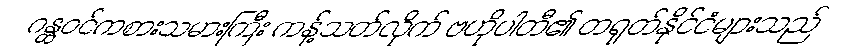
ဂန္ထဝင်ကစားသမားကြီး ကန့်သတ်လိုက် ဗဟိုပါတီ၏ တရုတ်နိုင်ငံများသည်